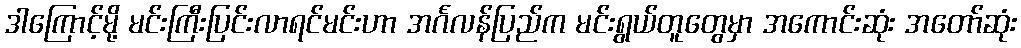
ဒါကြောင့်မို့ မင်းကြီးပြင်းလာရင်မင်းဟာ အင်္ဂလန်ပြည်က မင်းရွယ်တူတွေမှာ အကောင်းဆုံး အတော်ဆုံး